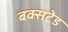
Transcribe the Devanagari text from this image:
बक्सटेड